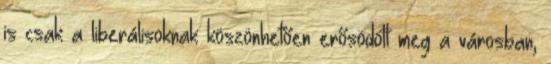
is csak a liberálisoknak köszönhetően erősödött meg a városban,